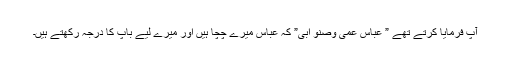
آپ فرمایا کرتے تھے ” عباس عمی وصنو ابی” کہ عباس میرے چچا ہیں اور میرے لیے باپ کا درجہ رکھتے ہیں۔